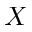
X